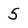
Character: 5